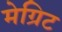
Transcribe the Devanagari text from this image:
मेग्रिट